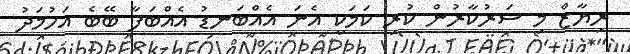
ރިޔާޒް މި ސަރުކާރުން ކުރި ކަމަކީ އެނަ އެއްބަނޑު އެއްބަފާ ބޭބެ އަހުމަދު